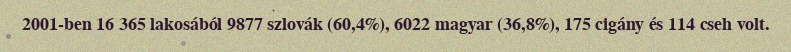
2001-ben 16 365 lakosából 9877 szlovák (60,4%), 6022 magyar (36,8%), 175 cigány és 114 cseh volt.